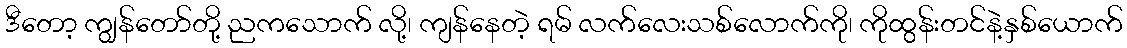
ဒီတော့ ကျွန်တော်တို့ ညကသောက် လို့၊ ကျန်နေတဲ့ ရမ် လက်လေးသစ်လောက်ကို၊ ကိုထွန်းတင်နဲ့နှစ်ယောက်